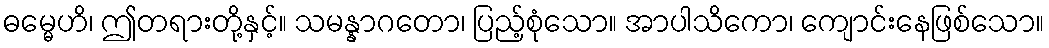
ဓမ္မေဟိ၊ ဤတရားတို့နှင့်။ သမန္နာဂတော၊ ပြည့်စုံသော။ အာပါသိကော၊ ကျောင်းနေဖြစ်သော။